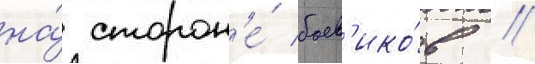
на́ сторон'е́ боев'ико́в //